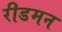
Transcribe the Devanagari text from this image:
रीडमन